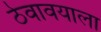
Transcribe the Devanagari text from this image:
ठेवावयाला